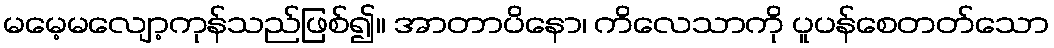
မမေ့မလျော့ကုန်သည်ဖြစ်၍။ အာတာပိနော၊ ကိလေသာကို ပူပန်စေတတ်သော